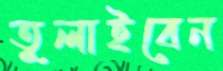
তুলাইবেন